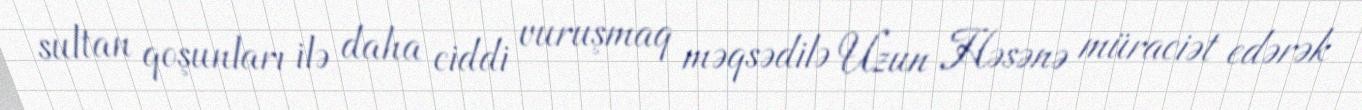
sultan qoşunları ilə daha ciddi vuruşmaq məqsədilə Uzun Həsənə müraciət edərək